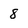
Character: 8